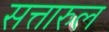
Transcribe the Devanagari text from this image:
सत्तारुल